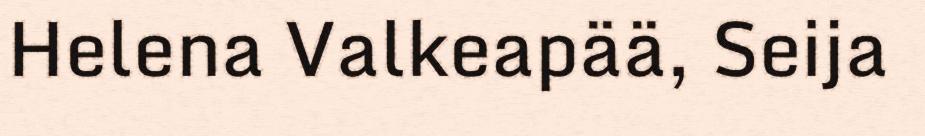
Helena Valkeapää, Seija